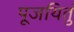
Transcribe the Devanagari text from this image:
पूजयितुं